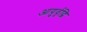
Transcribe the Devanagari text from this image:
आयुर्वृद्धि